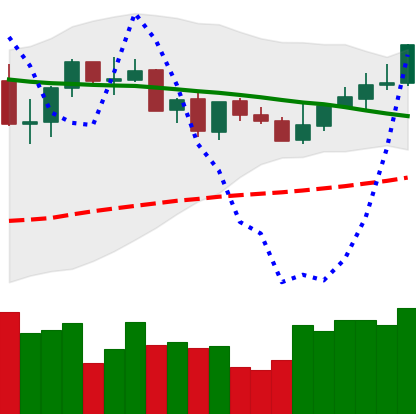
Ticker: XLM-USD
Chart end date: 2021-09-05
Forward return: -20.116%
Label: down_7plus